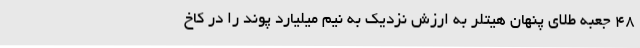
۴۸ جعبه طلای پنهان هیتلر به ارزش نزدیک به نیم میلیارد پوند را در کاخ